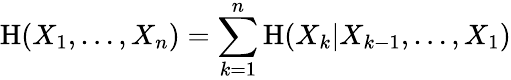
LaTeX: \mathrm{H}(X_{1},\dots,X_{n})=\sum_{k=1}^{n}\mathrm{H}(X_{k}|X_{k-1},\dots,X_{1})